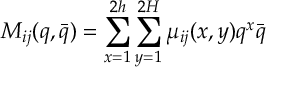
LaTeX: M _ { i j } ( q , \bar { q } ) = \sum _ { x = 1 } ^ { 2 h } \sum _ { y = 1 } ^ { 2 H } \mu _ { i j } ( x , y ) q ^ { x } \bar { q }